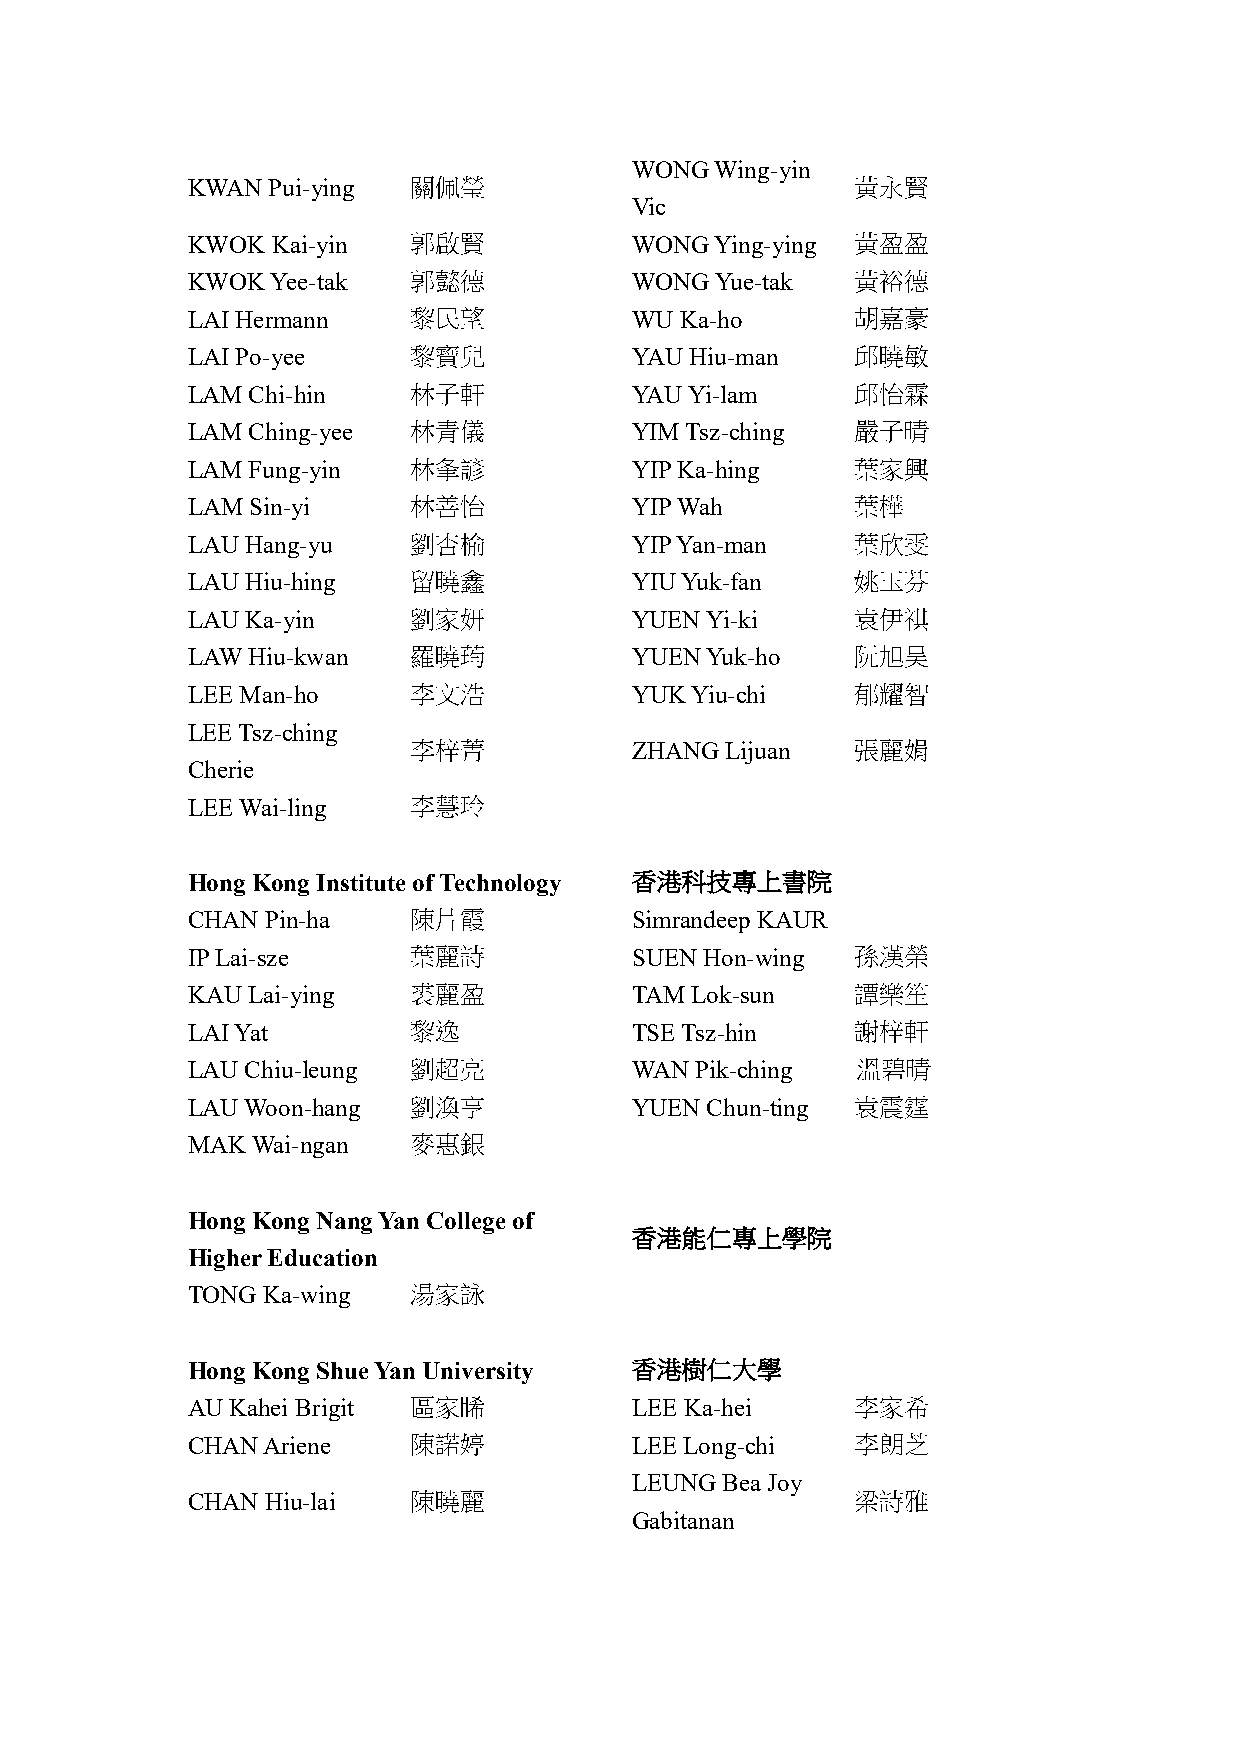
WONG Wing-yin
 KWAN  Pui-ying 關佩瑩                           黃永賢
 Vic
 KWOK  Kai-yin  郭啟賢            WONG Ying-ying 黃盈盈
 KWOK  Yee-tak  郭懿德            WONG Yue-tak   黃裕德
 LAI Hermann    黎民望            WU Ka-ho       胡嘉豪
 LAI Po-yee     黎寶兒            YAU Hiu-man    邱曉敏
 LAM Chi-hin    林子軒            YAU Yi-lam     邱怡霖
 LAM Ching-yee  林青儀            YIM Tsz-ching  嚴子晴
 LAM  Fung-yin  林夆諺            YIP Ka-hing    葉家興
 LAM Sin-yi     林善怡            YIP Wah        葉樺
 LAU Hang-yu    劉杏榆            YIP Yan-man    葉欣雯
 LAU Hiu-hing   留曉鑫            YIU Yuk-fan    姚玉芬
 LAU Ka-yin     劉家妍            YUEN Yi-ki     袁伊祺
 LAW Hiu-kwan   羅曉荺            YUEN Yuk-ho    阮旭昊
 LEE Man-ho     李文浩            YUK Yiu-chi    郁耀智
 LEE Tsz-ching
 李梓菁            ZHANG Lijuan   張麗娟
 Cherie
 LEE Wai-ling   李慧玲
 Hong Kong Institute of Technology 香港科技專上書院
 CHAN  Pin-ha   陳片霞            Simrandeep KAUR
 IP Lai-sze     葉麗詩            SUEN Hon-wing  孫漢榮
 KAU Lai-ying   裘麗盈            TAM Lok-sun    譚樂笙
 LAI Yat        黎逸             TSE Tsz-hin    謝梓軒
 LAU Chiu-leung 劉超亮            WAN Pik-ching  溫碧晴
 LAU Woon-hang  劉渙亨            YUEN Chun-ting 袁震霆
 MAK  Wai-ngan  麥惠銀
 Hong Kong Nang Yan College of
 香港能仁專上學院
 Higher Education
 TONG Ka-wing   湯家詠
 Hong Kong Shue Yan University 香港樹仁大學
 AU Kahei Brigit 區家睎           LEE Ka-hei     李家希
 CHAN Ariene    陳諾婷            LEE Long-chi   李朗芝
 LEUNG Bea Joy
 CHAN  Hiu-lai  陳曉麗                           梁詩雅
 Gabitanan